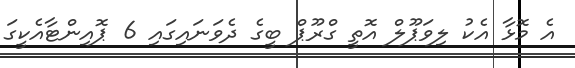
އެ މޮޅާ އެކު ލިވަޕޫލް އޮތީ ގްރޫޕް ބީގެ ދެވަނައިގައި 6 ޕޮއިންޓާއެކީގަ